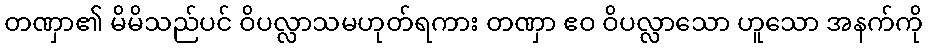
တဏှာ၏ မိမိသည်ပင် ဝိပလ္လာသမဟုတ်ရကား တဏှာ ဧဝ ဝိပလ္လာသော ဟူသော အနက်ကို